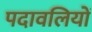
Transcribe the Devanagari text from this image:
पदावलियों